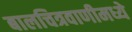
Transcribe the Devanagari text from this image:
बालचित्रवाणीमध्ये